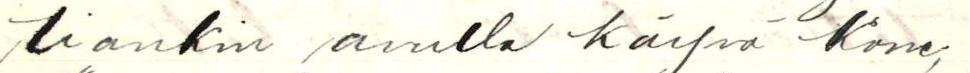
tiankin avulla käyvä Kone,